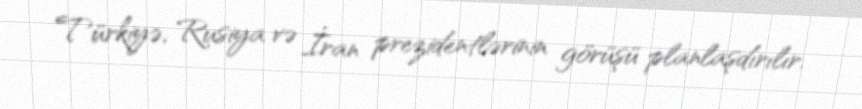
Türkiyə, Rusiya və İran prezidentlərinin görüşü planlaşdırılır.